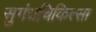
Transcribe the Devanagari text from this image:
सुगंधचिकित्सा